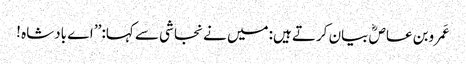
عَمروبن عاصؓ بیان کرتے ہیں:میں نے نجاشی سے کہا:’’ اے بادشاہ !